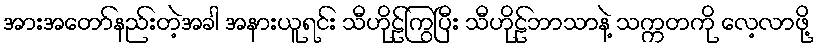
အားအတော်နည်းတဲ့အခါ အနားယူရင်း သီဟိုဠ်ကြွပြီး သီဟိုဠ်ဘာသာနဲ့ သက္ကတကို လေ့လာဖို့